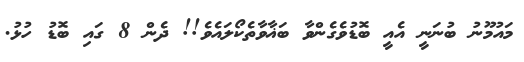
މައުމޫނު ބުނަނީ އެއީ ބޮޑުވެގެންވާ ބަޣާވާތެކޯލައެވެ!! ދެން 8 ގައި ބޮޑު ހުޅު.